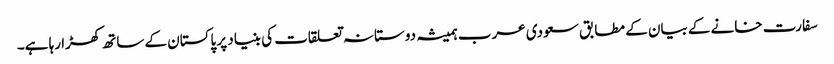
سفارت خانے کے بیان کے مطابق سعودی عرب ہمیشہ دوستانہ تعلقات کی بنیاد پر پاکستان کے ساتھ کھڑا رہا ہے۔